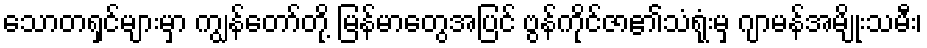
သောတရှင်များမှာ ကျွန်တော်တို့ မြန်မာတွေအပြင် ဗွန်ကိုင်ဇာ၏သံရုံးမှ ဂျာမန်အမျိုးသမီး၊